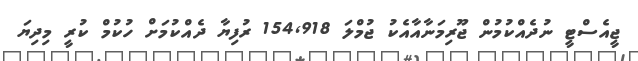
ޖީއެސްޓީ ނުދެއްކުމުން ޖޫރިމަނާއާއެކު ޖުމްލަ 154